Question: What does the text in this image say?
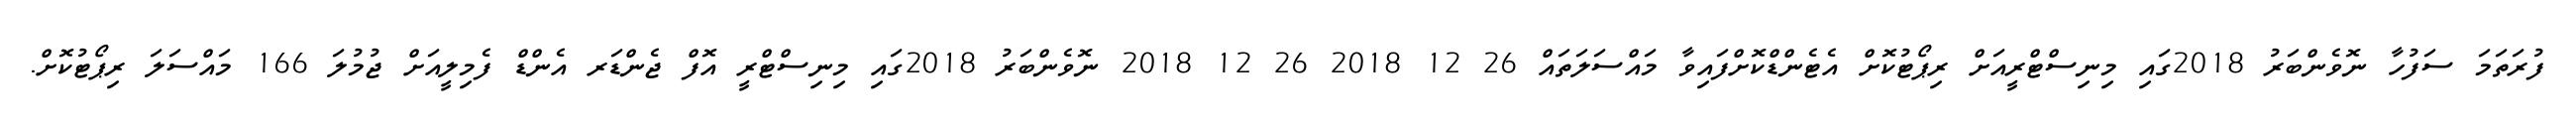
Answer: ފުރަތަމަ ސަފުހާ ނޮވެންބަރު 2018ގައި މިނިސްޓްރީއަށް ރިޕޯޓުކޮށް އެޓެންޑްކޮށްފައިވާ މައްސަލަތައް 26 12 2018 26 12 2018 ނޮވެންބަރު 2018ގައި މިނިސްޓްރީ އޮފް ޖެންޑަރ އެންޑް ފެމިލީއަށް ޖުމުލަ 166 މައްސަލަ ރިޕޯޓުކޮށް.